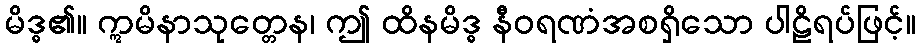
မိဒ္ဓ၏။ ဣမိနာသုတ္တေန၊ ဤ ထိနမိဒ္ဓ နီဝရဏံအစရှိသော ပါဠိရပ်ဖြင့်။